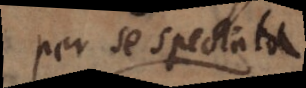
per se spectata